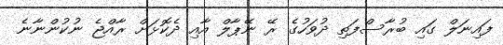
ފައިނަލް ގައި ބުރާސްފަތި ދުވަހުގެ ރޭ ނޭޕާލް އާއި ދެކޮޅަށް ރާއްޖެ ނުކުންނާނެ